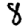
Digit: 8